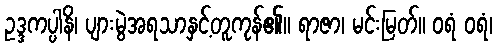
ဥဒ္ဒကပ္ပါနိ၊ ပျားမွဲအရသာနှင့်တူကုန်၏။ ရာဇာ၊ မင်းမြတ်။ ဝရံ ဝရံ၊